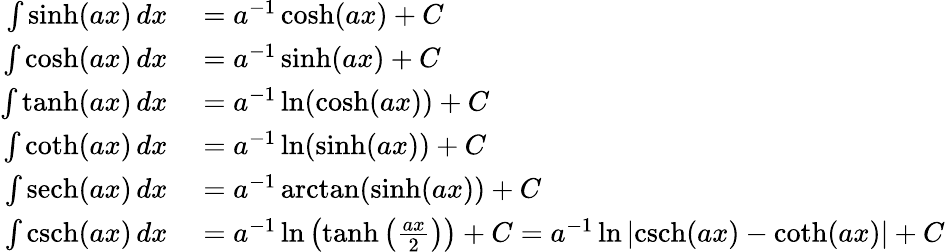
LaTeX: \begin{array}{rl}{\int\sinh(ax)\, dx}&{{}=a^{-1}\cosh(ax)+C}\\ {\int\cosh(ax)\, dx}&{{}=a^{-1}\sinh(ax)+C}\\ {\int\operatorname{tanh}(ax)\, dx}&{{}=a^{-1}\ln(\cosh(ax))+C}\\ {\int\coth(ax)\, dx}&{{}=a^{-1}\ln(\sinh(ax))+C}\\ {\int\operatorname{sech}(ax)\, dx}&{{}=a^{-1}\arctan(\sinh(ax))+C}\\ {\int\operatorname{csch}(ax)\, dx}&{{}=a^{-1}\ln\left(\operatorname{tanh}\left({\frac{ax}{2}}\right)\right)+C=a^{-1}\ln\left|\operatorname{csch}(ax)-\coth(ax)\right|+C}\end{array}